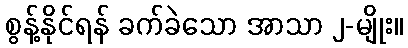
စွန့်နိုင်ရန် ခက်ခဲသော အာသာ ၂-မျိုး။